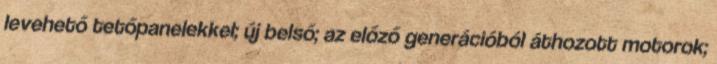
levehető tetőpanelekkel; új belső; az előző generációból áthozott motorok;